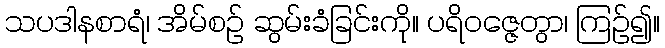
သပဒါနစာရံ၊ အိမ်စဉ် ဆွမ်းခံခြင်းကို။ ပရိဝဇ္ဇေတွာ၊ ကြဉ်၍။